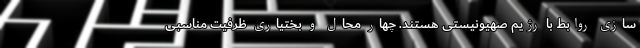
سازی روابط با رژیم صهیونیستی هستند. چهار محال و بختیاری ظرفیت مناسبی